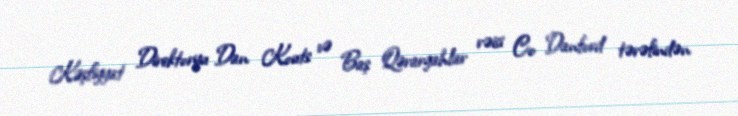
Kəşfiyyat Direktoryu Dan Kouts və Baş Qərargahlar rəisi Co Danford tərəfindən